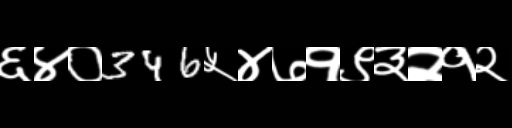
Text: ६४०346५४७१९३२१२